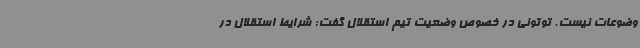
وضوعات نیست. توتونی در خصوص وضعیت تیم استقلال گفت: شرایط استقلال در